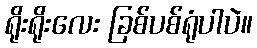
ရိုးရိုးလေး ခြစ်ပစ်ရုံပါပဲ။